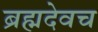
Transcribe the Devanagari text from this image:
ब्रह्मदेवच